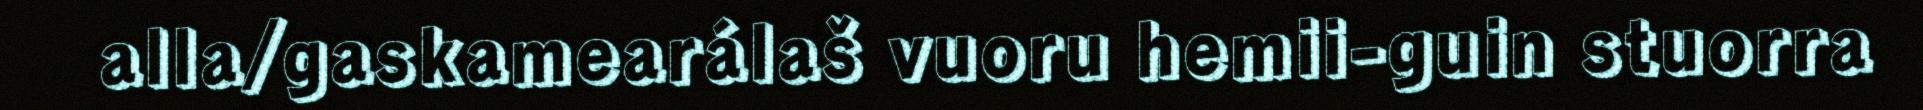
alla/gaskamearálaš vuoru hemii-guin stuorra